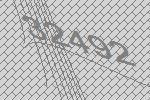
32492